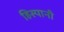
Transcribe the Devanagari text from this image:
हिस्पानी